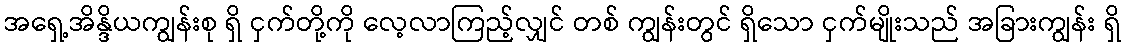
အရှေ့အိန္ဒိယကျွန်းစု ရှိ ငှက်တို့ကို လေ့လာကြည့်လျှင် တစ် ကျွန်းတွင် ရှိသော ငှက်မျိုးသည် အခြားကျွန်း ရှိ